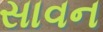
સાવન